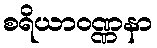
စရိယာဝဏ္ဏနာ